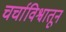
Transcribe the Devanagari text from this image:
चर्चाविश्वातून